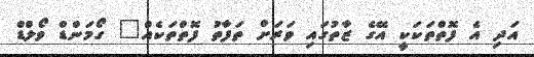
އަދި އެ ފޮތްތަކަކީ އޭގެ ޒާތުގައި ވަރަށް ތަފާތު ފޮތްތަކެއް" ގޯމަންޑް ވޯލްޑް